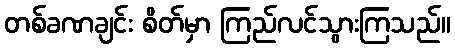
တစ်ခဏချင်း စိတ်မှာ ကြည်လင်သွားကြသည်။